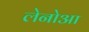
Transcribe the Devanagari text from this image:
लेनोआ